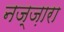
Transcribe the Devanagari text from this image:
नज्ज़ारा